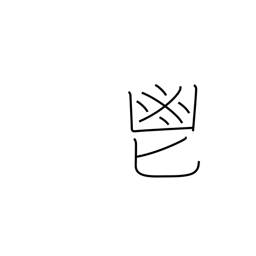
Meaning: fragrant herbs